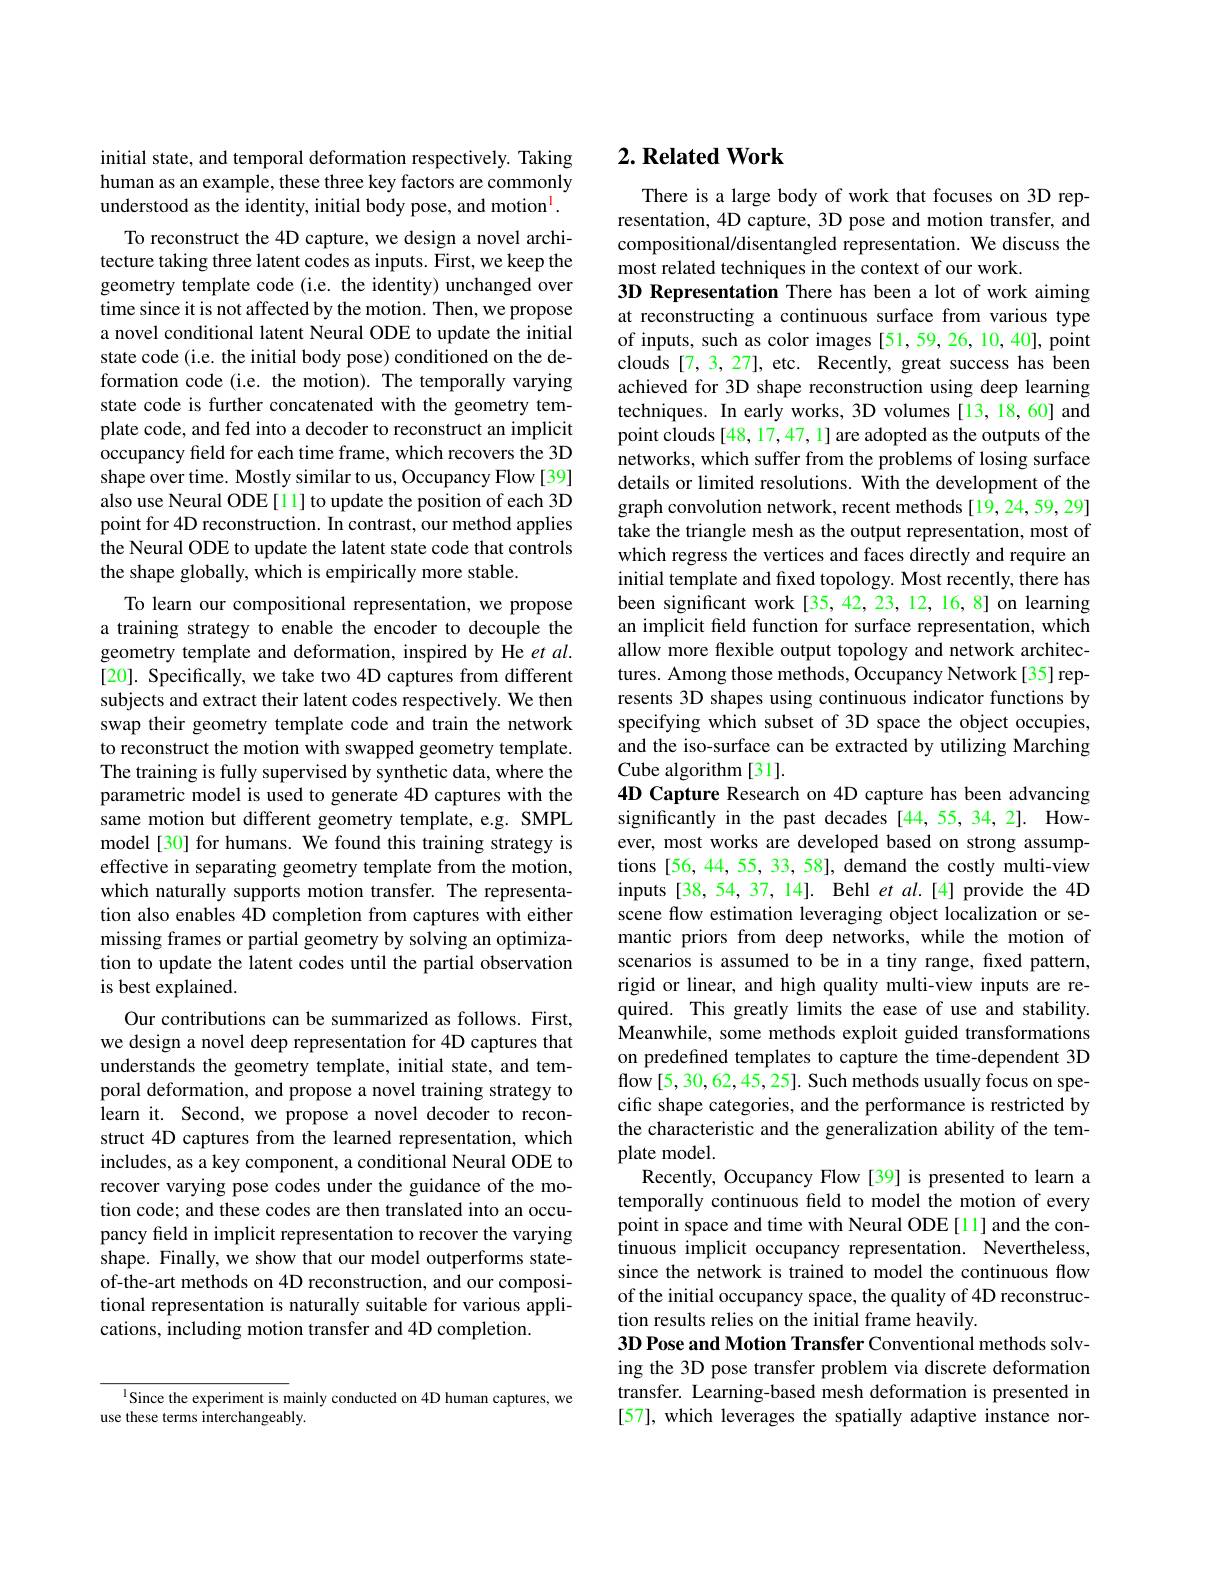
initial state, and temporal deformation respectively. Taking human as an example, these three key factors are commonly understood as the identity, initial body pose, and motion$^{\mathrm{l}}.$
To reconstruct the 4D capture, we design a novel architecture taking three latent codes as inputs. First, we keep the geometry template code (i.e. the identity) unchanged over time since it is not affected by the motion. Then, we propose a novel conditional latent Neural ODE to update the initial state code (i.e. the initial body pose) conditioned on the deformation code (i.e. the motion). The temporally varying state code is further concatenated with the geometry template code, and fed into a decoder to reconstruct an implicit occupancy field for each time frame, which recovers the 3D shape over time. Mostly similar to us, Occupancy Flow [39] also use Neural ODE [11] to update the position of each 3D point for 4D reconstruction. In contrast, our method applies the Neural ODE to update the latent state code that controls the shape globally, which is empirically more stable
To learn our compositional representation, we propose a training strategy to enable the encoder to decouple the geometry template and deformation, inspired by He et al. [20]. Specifically, we take two 4D captures from different subjects and extract their latent codes respectively. We then swap their geometry template code and train the network to reconstruct the motion with swapped geometry template. The training is fully supervised by synthetic data, where the parametric model is used to generate 4D captures with the same motion but different geometry template, e.g. SMPL model[30] for humans. We found this training strategy is effective in separating geometry template from the motion, which naturally supports motion transfer. The representation also enables 4D completion from captures with either missing frames or partial geometry by solving an optimization to update the latent codes until the partial observation is best explained.
Our contributions can be summarized as follows. First, we design a novel deep representation for 4D captures that understands the geometry template, initial state, and temporal deformation, and propose a novel training strategy to learn it. Second, we propose a novel decoder to reconstruct 4D captures from the learned representation, which includes, as a key component, a conditional Neural ODE to recover varying pose codes under the guidance of the motion code; and these codes are then translated into an occupancy feld in implicit representation to recover the varying shape. Finally, we show that our model outperforms stateof-the-art methods on 4D reconstruction, and our compositional representation is naturally suitable for various applications, including motion transfer and 4D completion.

$^{\mathrm{l}}$Since the experiment is mainly conducted on 4D human captures, we
use these terms interchangeably.

# 2. Related Work

There is a large body of work that focuses on 3D representation, 4D capture, 3D pose and motion transfer, and compositional/disentangled representation. We discuss the most related techniques in the context of our work.
3D Representation There has been a lot of work aiming at reconstructing a continuous surface from various type of inputs, such as color images [51,59,26,10,40], point clouds [7,3,27], etc. Recently, great success has been achieved for 3D shape reconstruction using deep learning techniques. In early works, 3D volumes[13,18,60] and point clouds [48, 17, 47, 1] are adopted as the outputs of the networks, which suffer from the problems of losing surface details or limited resolutions. With the development of the graph convolution network, recent methods [19,24,59,29] take the triangle mesh as the output representation, most of which regress the vertices and faces directly and require an initial template and frxed topology. Most recently, there has been significant work[35,42,23,12,16,8] on learning an implicit feld function for surface representation, which allow more flexible output topology and network architectures. Among those methods, Occupancy Network[35] represents 3D shapes using continuous indicator functions by specifying which subset of 3D space the object occupies, and the iso-surface can be extracted by utilizing Marching Cube algorithm [31].
4D Capture Research on 4D capture has been advancing significantly in the past decades [44,55,34,2]. However, most works are developed based on strong assumptions [56, 44, 55, 33, 58], demand the costly multi-view inputs[38,54,37,14]. Behl et $al.[4]$ provide the 4D scene flow estimation leveraging object localization or semantic priors from deep networks, while the motion of scenarios is assumed to be in a tiny range, fixed pattern, rigid or linear, and high quality multi-view inputs are required. This greatly limits the ease of use and stability. Meanwhile, some methods exploit guided transformations on predefined templates to capture the time-dependent 3D flow[5,30,62,45,25]. Such methods usually focus on specific shape categories, and the performance is restricted by the characteristic and the generalization ability of the template model.
Recently, Occupancy Flow [39] is presented to learn a temporally continuous feld to model the motion of every point in space and time with Neural ODE[11] and the continuous implicit occupancy representation. Nevertheless, since the network is trained to model the continuous flow of the initial occupancy space, the quality of 4D reconstruction results relies on the initial frame heavily
$3\mathbf{D} \textbf{Pose and Motion Transfer Conventional methods solv- }$ ing the 3D pose transfer problem via discrete deformation transfer. Learning-based mesh deformation is presented in [57], which leverages the spatially adaptive instance nor-